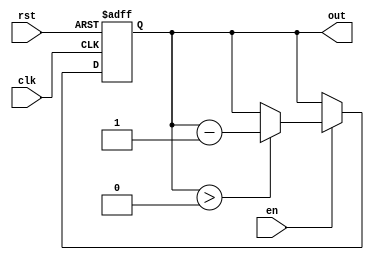
module down_counter_moore (
    input wire clk,       // Clock signal
    input wire rst,       // Asynchronous reset signal
    input wire en,        // Enable signal
    output reg [2:0] out  // Count output (3 bits for counting down from 7)
);

// State encoding
parameter INITIAL_STATE = 3'b111; // Starting from 7 (3'b111)
parameter ZERO_STATE = 3'b000;     // Ending at 0 (3'b000)

// State variable
reg [2:0] current_state;

// Sequential logic for state transitions
always @(posedge clk or posedge rst) begin
    if (rst) begin
        current_state <= INITIAL_STATE; // Reset to initial state
    end else if (en) begin
        if (current_state > ZERO_STATE) begin
            current_state <= current_state - 1; // Decrement state
        end
        // If current_state is 0, it remains at ZERO_STATE
    end
end

// Output logic (Moore output)
always @(current_state) begin
    out = current_state; // Output is the current state
end

endmodule